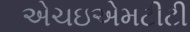
એચઇએમટીટી